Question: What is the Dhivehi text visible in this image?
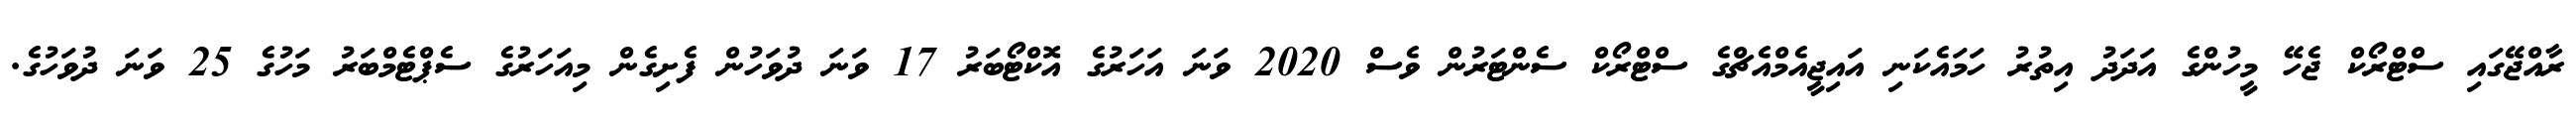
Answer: ރާއްޖޭގައި ސްޓްރޯކް ޖެހޭ މީހުންގެ އަދަދު އިތުރު ހަމައެކަނި އައިޖީއެމްއެޗްގެ ސްޓްރޯކް ސެންޓަރުން ވެސް 2020 ވަނަ އަހަރުގެ އޮކްޓޯބަރު 17 ވަނަ ދުވަހުން ފެށިގެން މިއަހަރުގެ ސެޕްޓެމްބަރު މަހުގެ 25 ވަނަ ދުވަހުގެ.